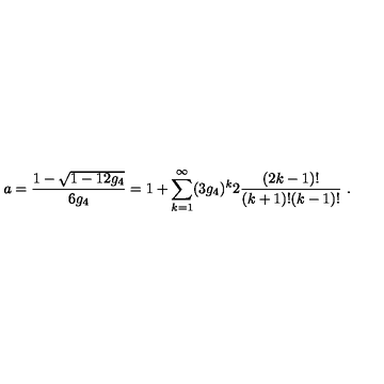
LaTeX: a = \frac { 1 - \sqrt { 1 - 1 2 g _ { 4 } } } { 6 g _ { 4 } } = 1 + \sum _ { k = 1 } ^ { \infty } ( 3 g _ { 4 } ) ^ { k } 2 \frac { ( 2 k - 1 ) ! } { ( k + 1 ) ! ( k - 1 ) ! } \ .